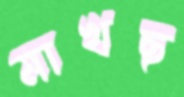
মাখছ